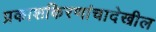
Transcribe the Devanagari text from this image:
प्रकाशकिरणांचादेखील